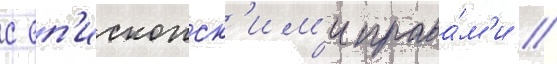
с еп'ископск'им'и права́м'и //